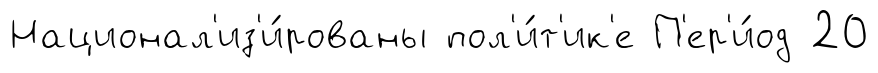
Национал'из'и́рованы пол'и́т'ик'е П'ер'и́од 20